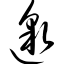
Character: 邈